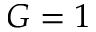
G = 1